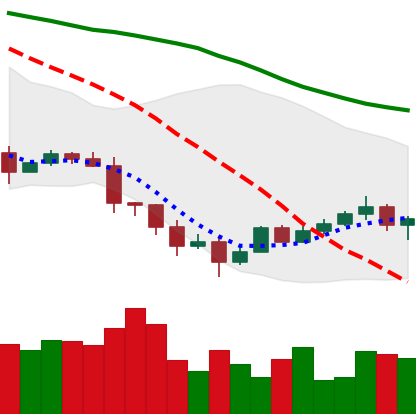
Ticker: TRX-USD
Chart end date: 2022-01-19
Forward return: -20.551%
Label: down_7plus